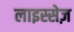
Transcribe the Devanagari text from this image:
लाइस्सेज़